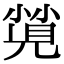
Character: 𡮡